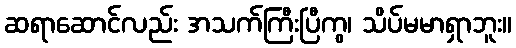
ဆရာဆောင်လည်း အသက်ကြီးပြီကွ၊ သိပ်မမာရှာဘူး။